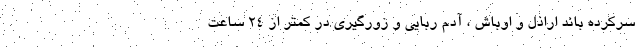
سرکرده باند اراذل و اوباش ، آدم ربایی و زورگیری در کمتر از ۲۴ ساعت